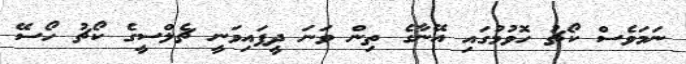
ނަމަވެސް ކޯޗު ހޮވުމުގައި އޭނާގެ ތިން ވަނަ ދީފައިވަނީ ޗެލްސީގެ ކޯޗު ހޯސޭ